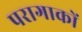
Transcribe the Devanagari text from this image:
परागाकों